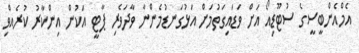
އެމްއެންބީސީގެ ސުޓޫޑިއޯ އަށް ވަޑައިގަތުމަށް އަޅުގަނޑުމެންނާ ވާދަވެރި ޕާޓީ އަކުން އިންކާރު ކުރެއްވި